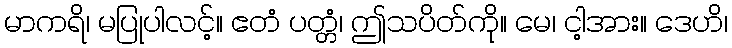
မာကရိ၊ မပြုပါလင့်။ ဧတံ ပတ္တံ၊ ဤသပိတ်ကို။ မေ၊ ငါ့အား။ ဒေဟိ၊